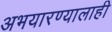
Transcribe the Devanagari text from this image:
अभयारण्यालाही